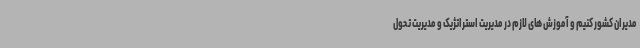
مدیران کشور کنیم و آموزش های لازم در مدیریت استراتژیک و مدیریت تحول